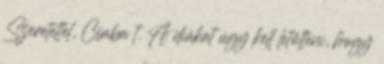
Szeretettel, Csaba t. A diákat úgy kell letölteni, hogy